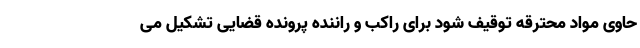
حاوی مواد محترقه توقیف شود برای راکب و راننده پرونده قضایی تشکیل می